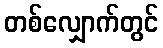
တစ်လျှောက်တွင်